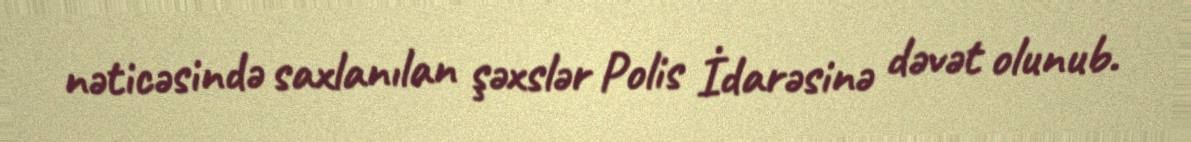
nəticəsində saxlanılan şəxslər Polis İdarəsinə dəvət olunub.